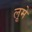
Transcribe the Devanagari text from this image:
लूमे